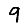
Digit: 9